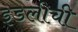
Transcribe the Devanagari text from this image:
इडलीची